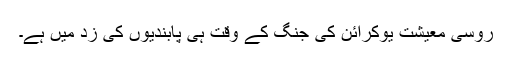
روسی معیشت یوکرائن کی جنگ کے وقت ہی پابندیوں کی زد میں ہے۔